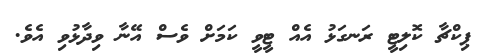
ޕިކްޗާ ކޮލިޓީ ރަނގަޅު އެއް ޓީވީ ކަމަށް ވެސް އޭނާ ވިދާޅުވި އެވެ.